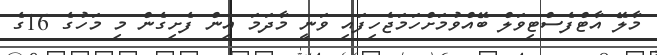
މާލޭ އާޓްފެސްޓިވަލް ބޭއްވުމަށްހަމަޖެހިފައި ވަނީ މާދަމަ އިން ފެށިގެން މި މަހުގެ 16ގެ